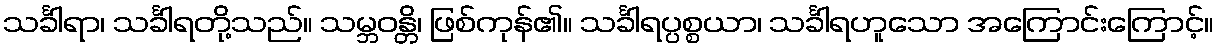
သင်္ခါရာ၊ သင်္ခါရတို့သည်။ သမ္ဘဝန္တိ၊ ဖြစ်ကုန်၏။ သင်္ခါရပ္ပစ္စယာ၊ သင်္ခါရဟူသော အကြောင်းကြောင့်။